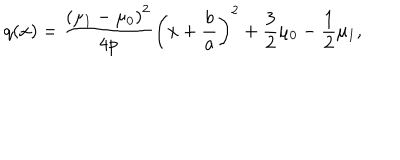
q ( x ) = { \frac { \left( \mu _ { 1 } - \mu _ { 0 } \right) ^ { 2 } } { 4 p } } \left( x + { \frac { b } { a } } \right) ^ { 2 } + { \frac { 3 } { 2 } } \mu _ { 0 } - { \frac { 1 } { 2 } } \mu _ { 1 } ,